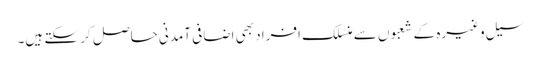
سیل وغیرہ کے شعبوں سے منسلک افراد بھی اضافی آمدنی حاصل کر سکتے ہیں۔